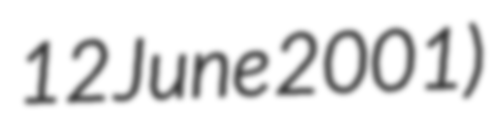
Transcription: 12 June 2001)